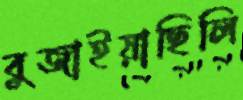
বুজাইয়াছিলি